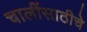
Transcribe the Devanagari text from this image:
चालींसाठीचे